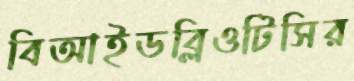
বিআইডব্লিওটিসির